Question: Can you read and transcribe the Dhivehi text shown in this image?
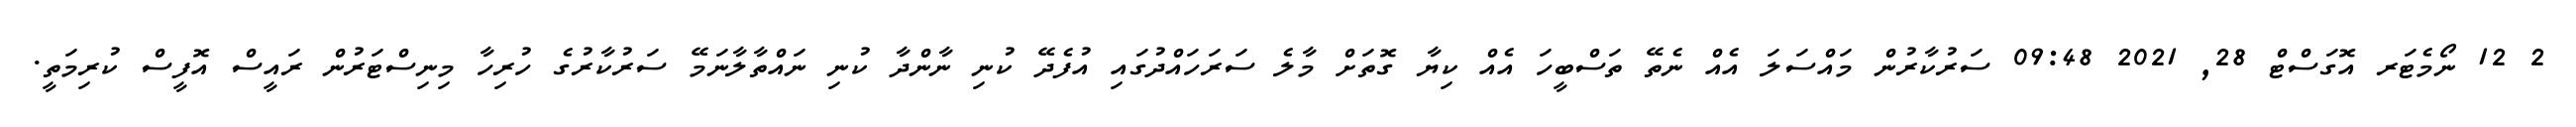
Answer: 2 12 ނޯމެޓަރ އޮގަސްޓް 28, 2021 09:48 ސަރުކާރުން މައްސަލަ އެއް ނެތޭ ތަސްބީހަ އެއް ކިޔާ ގޮތަށް މާލެ ސަރަހައްދުގައި އުފެދޭ ކުނި ނާންދާ ކުނި ނައްތާލާނަމޭ ސަރުކާރުގެ ހުރިހާ މިނިސްޓަރުން ރައީސް އޮފީސް ކުރިމަތީ.